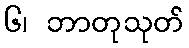
၆၊ ဘာတုသုတ်